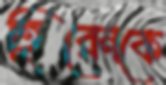
হিরেনকে